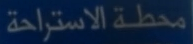
محطة الاستراحة